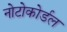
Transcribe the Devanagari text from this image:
नोटोकोर्डल